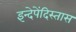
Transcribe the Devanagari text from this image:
इन्देपेंदिस्तास